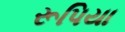
રૂપિયા